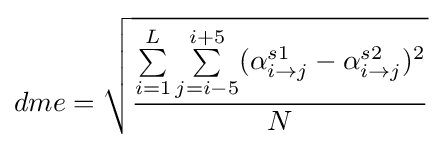
dme={\sqrt {\dfrac {\sum \limits _{i=1}^{L}\sum \limits _{j=i-5}^{i+5}(\alpha _{i\rightarrow j}^{s1}-\alpha _{i\rightarrow j}^{s2})^{2}}{N}}}